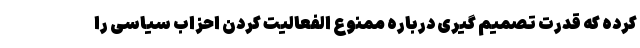
کرده که قدرت تصمیم گیری درباره ممنوع الفعالیت کردن احزاب سیاسی را